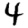
Digit: 4